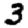
Digit: 3